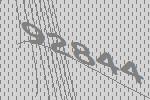
92844